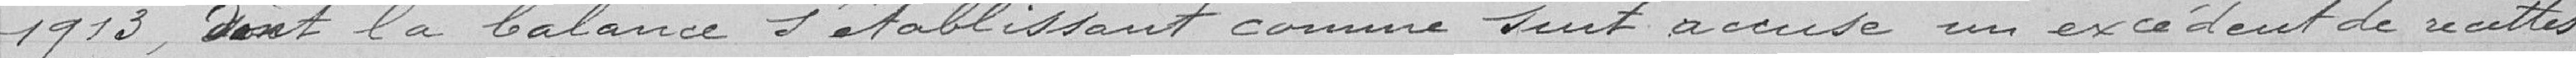
1913, dont la balance s'établissant comme suit, accuse un excédent de recettes